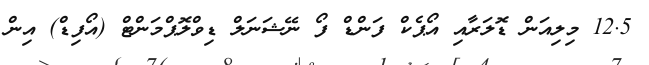
12.5 މިލިއަން ޑޮލަރާއި އޯޕެކް ފަންޑް ފޯ ނޭޝަނަލް ޑިވްލޮޕްމަންޓް (އޯފިޑް) އިން